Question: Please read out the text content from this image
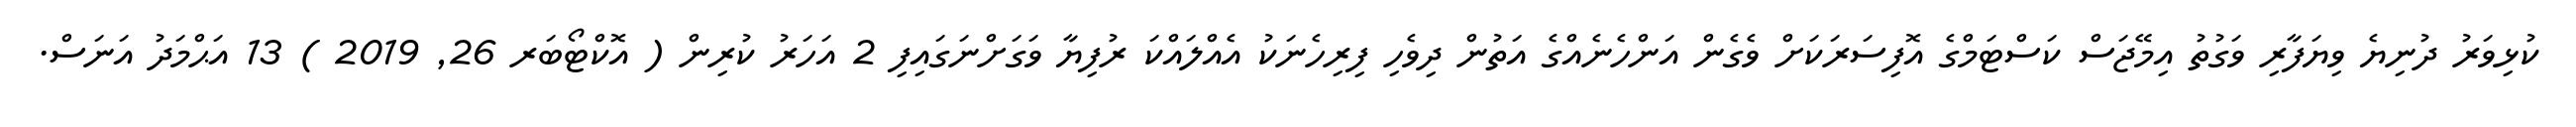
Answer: ކުޅިވަރު ދުނިޔެ ވިޔަފާރި ވަގުތު އިމޭޖަސް ކަސްޓަމްގެ އޮފިސަރަކަށް ވެގެން އަންހެނެއްގެ އަތުން ދިވެހި ފިރިހެނަކު އެއްލައްކަ ރުފިޔާ ވަގަށްނަގައިފި 2 އަހަރު ކުރިން ( އޮކްޓޯބަރ 26, 2019 ) 13 އަޙްމަދު އަނަސް.